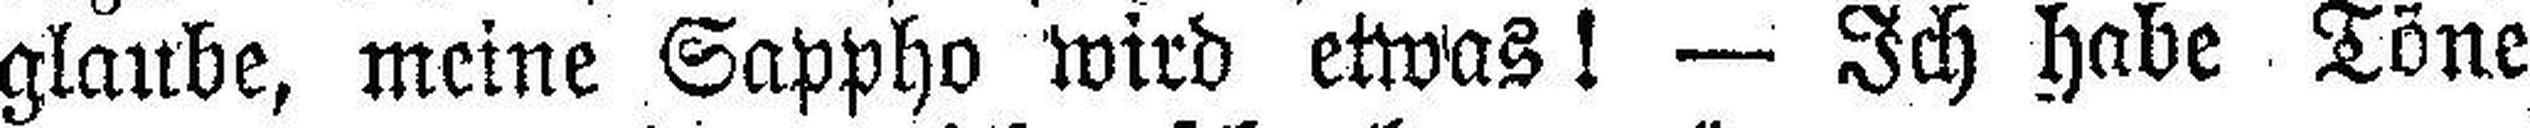
glaube, meine Sappho wird etwas! — Ich habe Töne